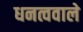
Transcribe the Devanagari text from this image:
धनत्ववाले